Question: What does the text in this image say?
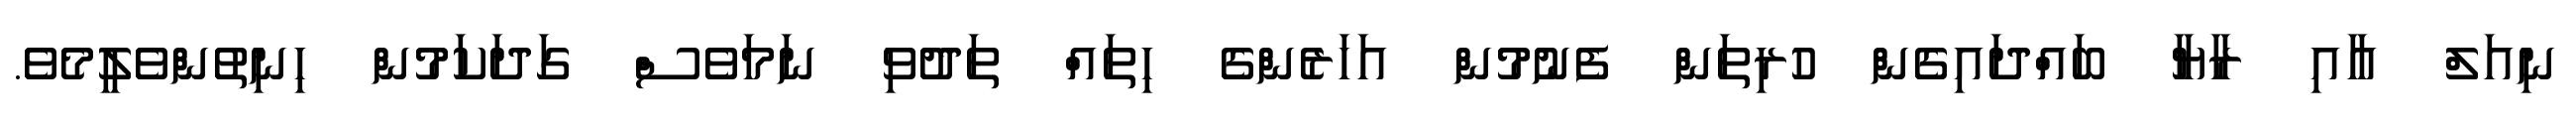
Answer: ނިއަލް އާއި ރާޔާ ބައްދައިގެން ހުރިތަން ފެނުމުން އަހަރެންގެ ހިތައް ތަދުވި ނަމަވެސް ގަދަކަމުން ހިނިތުންވެލީމެވެ.